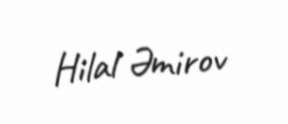
Hilal Əmirov